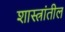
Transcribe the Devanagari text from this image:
शास्त्रांतील